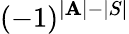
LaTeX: (-1)^{|\mathbf{A}|-|S|}